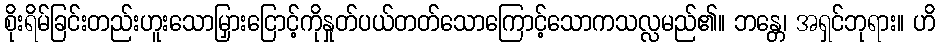
စိုးရိမ်ခြင်းတည်းဟူးသောမြှားငြောင့်ကိုနှုတ်ပယ်တတ်သောကြောင့်သောကသလ္လမည်၏။ ဘန္တေ၊ အရှင်ဘုရား။ ဟိ